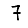
Digit: 7